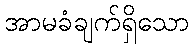
အာမခံချက်ရှိသော